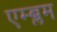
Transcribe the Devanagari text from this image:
एम्ब्लम